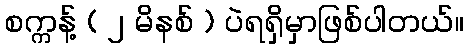
စက္ကန့် ( ၂ မိနစ် ) ပဲရရှိမှာဖြစ်ပါတယ်။